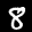
Label: 8